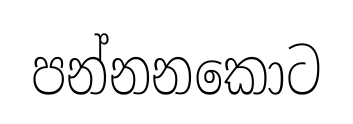
පන්නනකොට